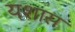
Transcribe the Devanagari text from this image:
यशास